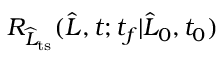
R _ { \widehat { L } _ { \mathrm { t s } } } ( \widehat { L } , t ; t _ { f } | \widehat { L } _ { 0 } , t _ { 0 } )